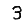
Digit: 3